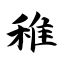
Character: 稚